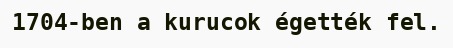
1704-ben a kurucok égették fel.